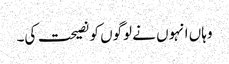
وہاں انہوں نے لوگوں کو نصیحت کی۔